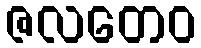
ဇလတေဝ